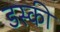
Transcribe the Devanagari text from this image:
डस्की